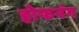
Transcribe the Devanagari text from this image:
होफनंग